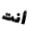
أنت